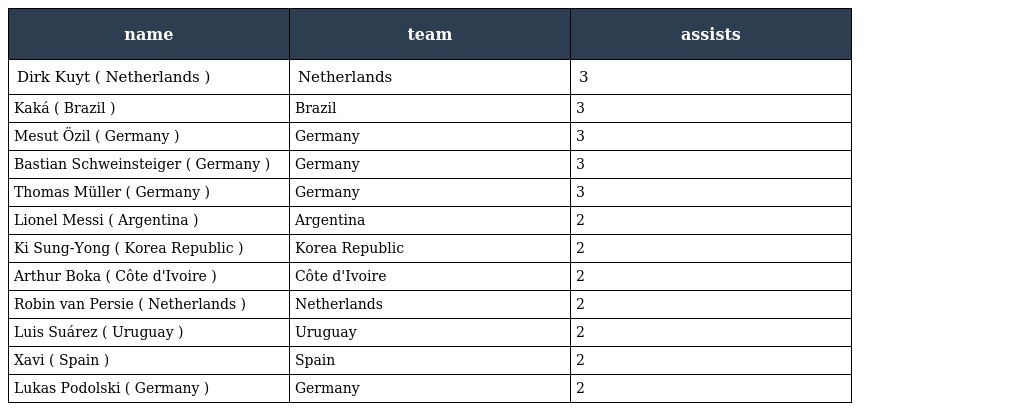
| name | team | assists |
 | --- | --- | --- |
 | Dirk Kuyt ( Netherlands ) | Netherlands | 3 |
 | Kaká ( Brazil ) | Brazil | 3 |
 | Mesut Özil ( Germany ) | Germany | 3 |
 | Bastian Schweinsteiger ( Germany ) | Germany | 3 |
 | Thomas Müller ( Germany ) | Germany | 3 |
 | Lionel Messi ( Argentina ) | Argentina | 2 |
 | Ki Sung-Yong ( Korea Republic ) | Korea Republic | 2 |
 | Arthur Boka ( Côte d'Ivoire ) | Côte d'Ivoire | 2 |
 | Robin van Persie ( Netherlands ) | Netherlands | 2 |
 | Luis Suárez ( Uruguay ) | Uruguay | 2 |
 | Xavi ( Spain ) | Spain | 2 |
 | Lukas Podolski ( Germany ) | Germany | 2 |